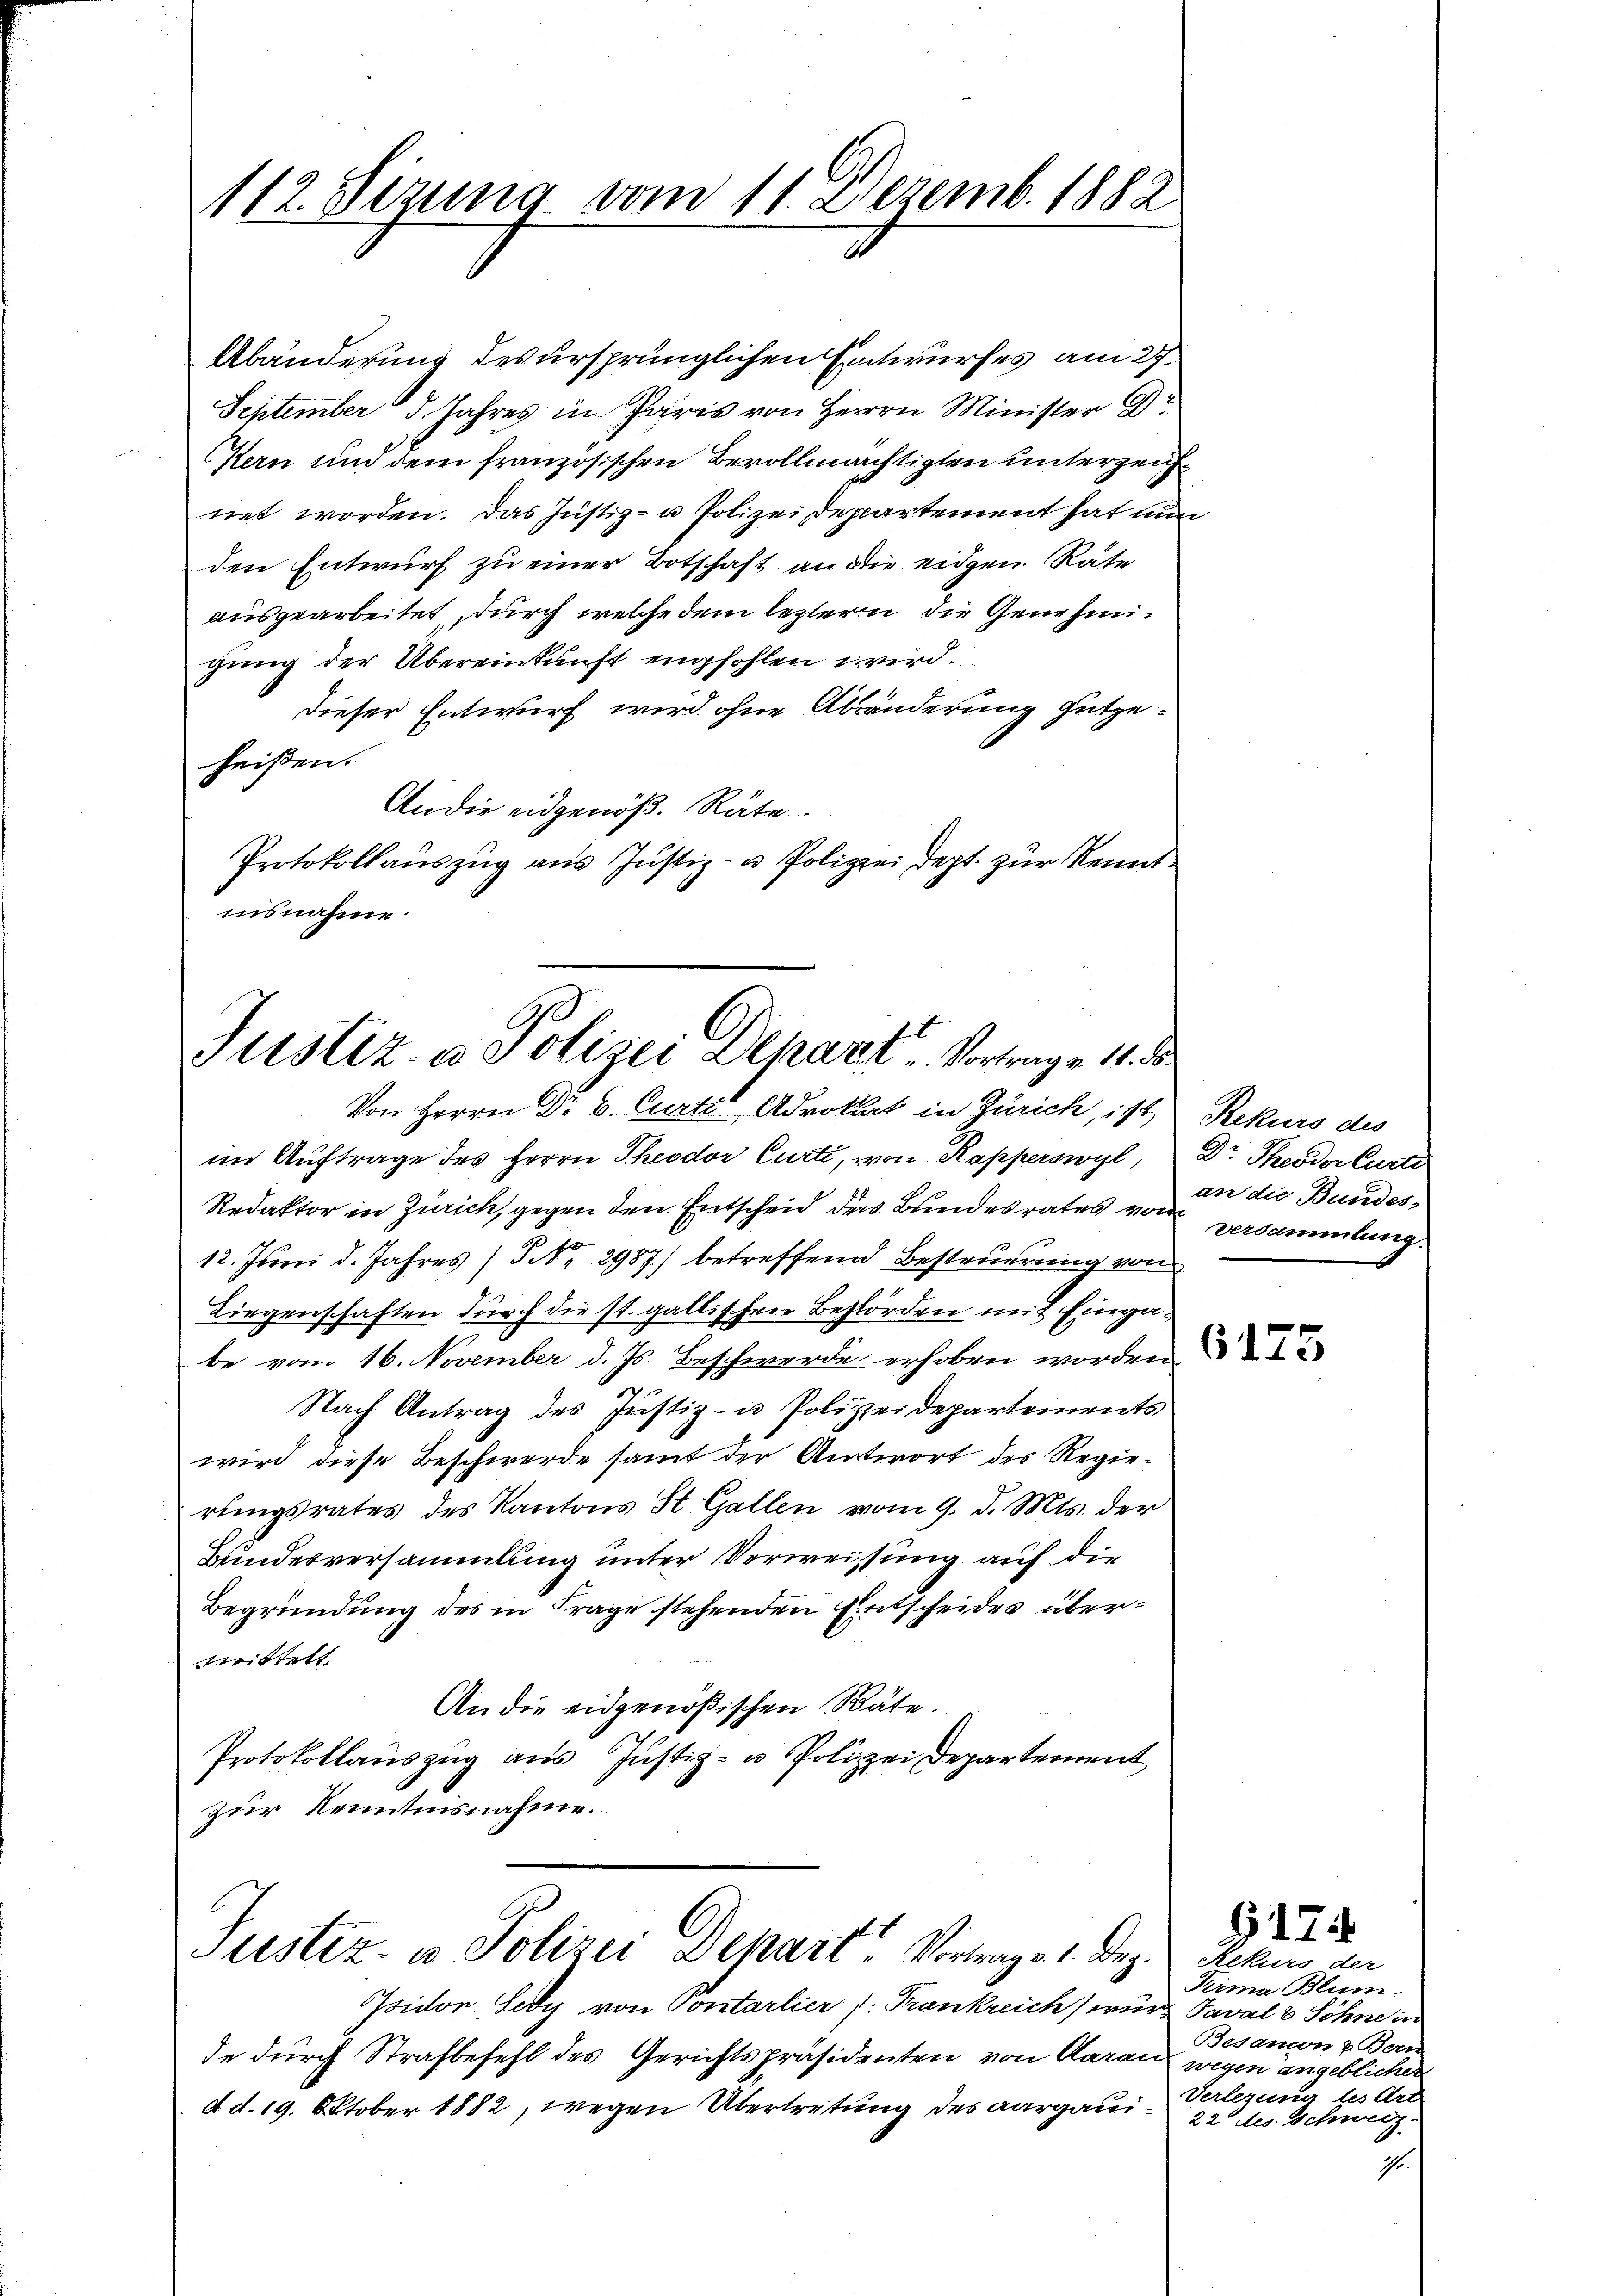
112. Sezung vom 11. Dezemb. 1882

Abänderung des ursprünglichen Entwurfes am 27.
September d. Jahres im Paris von Herrn Minister Gr
Stern und dem französischen Bevollmächtigten unterzeichnet worden. Das Justiz- u Polizei Departement hat nun
den Entwurf zu einer Botschaft an die eidgen Räte
ausgearbeitet, durch welche dem leztern die Genehmigung der Übereinkunft empfohlen wird.
dieser Entwurf wird ohne Abänderung gutgeheißen.
An die eidgenöß. Räte.
Protokollauszug aus Justiz- u Polizei dept. zur Kenntnisnahme.

Justiz- u. Polizei Depart Vortrage 11. ds.

Von Herrn Dr. C. Curti Advokat in Zürich, ist,
im Auftrage des Herrn Theodor Curti, von Kapperswyl, Dr. Theodor Curti
Redaktor in Zürich, gegen den Entscheid des Bundesrates von versammlung
12. Juni d. Jahres (S. 2987) betreffend Besteuerung von
Liegenschaften durch die st. gallischen Behörden mit Eingabe vom 16. November d. Js. Beschwerde erhoben worden
Nach Antrag des Justiz- u Polizeidepartements
wird diese Beschwerde samt der Antwort des Regierŭngsrates des Kantons St. Gallen vom 9. d. Mts. der
Bundesversammlung unter Verweissung auf die
Begründung des in Frage stehenden Entscheides übertrittelt.
An die eidgenößischen Räte.
Protokollauszug aus Justiz- u Polizei Departement
zur Kenntnisnahme.

G
Justiz- u. Polizei Depart, Vortrage 1. Dez.

Tsiden. Sedy von Pontarlier (: Frankreich) wurde Taval & Söhne in
de durch Strafbefehl des Gerichtspräsidenten von Aarau
d d. 19. Oktober 1882, wegen Übertretung des aargaui¬

Rekurs des
an die Bundes-

G17

Rekurs der
Pirma Blum
Besamon 7 Bern
wegen angeblichen
Verlegung des Art
22 des Schweiz.